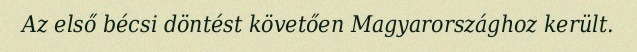
Az első bécsi döntést követően Magyarországhoz került.